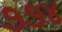
૭૭૪